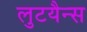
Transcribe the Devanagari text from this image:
लुटयैन्स